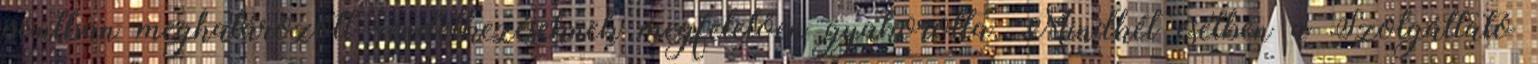
pontban meghatározott rendelkezéseknek megfelelően gyakorolta. Mindkét esetben a Szolgáltató